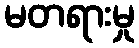
မတရားမှု